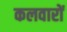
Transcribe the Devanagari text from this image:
कलवारों